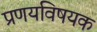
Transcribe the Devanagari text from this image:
प्रणयविषयक